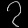
Digit: ၇